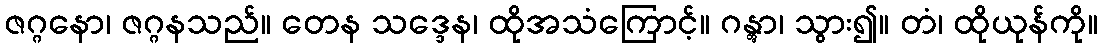
ဇဂ္ဂနော၊ ဇဂ္ဂနသည်။ တေန သဒ္ဒေန၊ ထိုအသံကြောင့်။ ဂန္တွာ၊ သွား၍။ တံ၊ ထိုယုန်ကို။